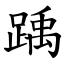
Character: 踽